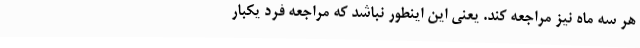
هر سه ماه نیز مراجعه کند. یعنی این اینطور نباشد که مراجعه فرد یکبار